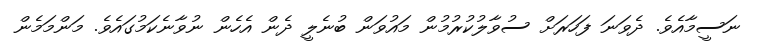
ނަސީމާއެވެ. ދެވަނަ ފަހަރަށް ސުވާލުކުރުމުން މައުވަން ބުނެލީ ދެން އެހެން ނުވާނެކަމުގައެވެ. މަންމަމެން